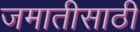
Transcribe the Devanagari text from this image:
जमातीसाठी